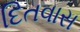
દિતવાસ